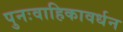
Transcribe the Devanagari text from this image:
पुनःवाहिकावर्धन